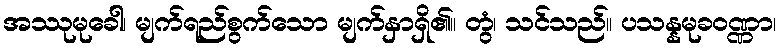
အဿုမုခေါ၊ မျက်ရည်စွက်သော မျက်နှာရှိ၏။ တွံ၊ သင်သည်။ ပသန္နမုခဝဏ္ဏာ၊